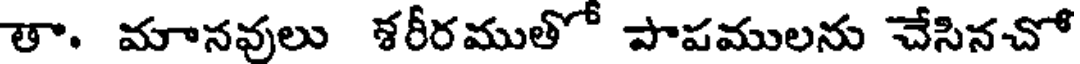
తా. మానవులు శరీరముతో పాపములను చేసినచో